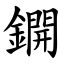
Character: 鐦